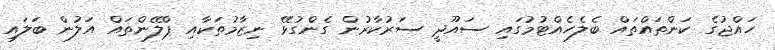
ހައްޖުގެ ކަންތައްތައް ބެލެހެއްޓުމުގައި ސައޫދީ ސަރުކާރުން ގެންގުޅޭ ނިޒާމުތަކާއި ޕްލޭންތައް އަލުން ބަަލައި